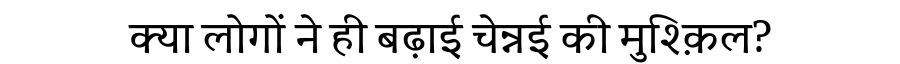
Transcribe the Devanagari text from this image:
क्या लोगों ने ही बढ़ाई चेन्नई की मुश्क़िल?